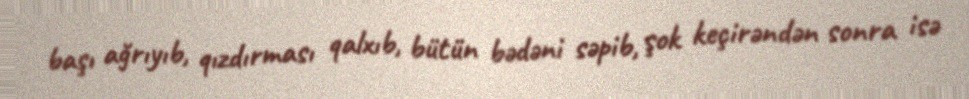
başı ağrıyıb, qızdırması qalxıb, bütün bədəni səpib, şok keçirəndən sonra isə